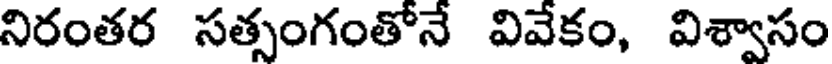
నిరంతర సత్సంగంతోనే వివేకం, విశ్వాసం